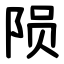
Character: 陨